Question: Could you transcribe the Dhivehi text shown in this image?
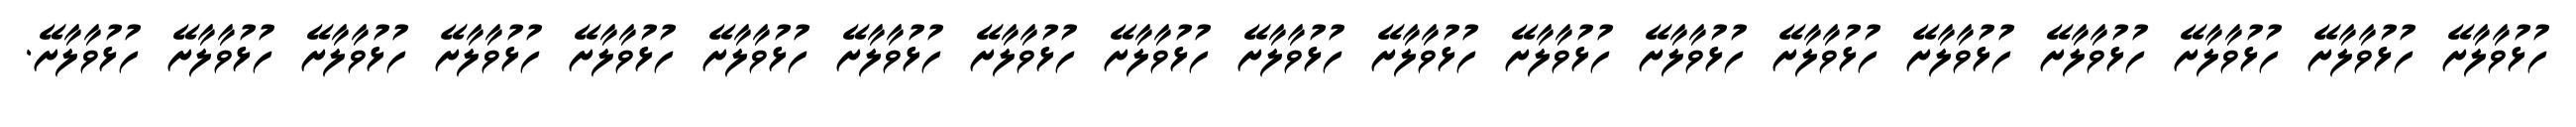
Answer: ހުޅުވާލާށޭ ހުޅުވާލާށޭ ހުޅުވާލާށޭ ހުޅުވާލާށޭ ހުޅުވާލާށޭ ހުޅުވާލާށޭ ހުޅުވާލާށޭ ހުޅުވާލާށޭ ހުޅުވާލާށޭ ހުޅުވާލާށޭ ހުޅުވާލާށޭ ހުޅުވާލާށޭ ހުޅުވާލާށޭ ހުޅުވާލާށޭ ހުޅުވާލާށޭ ހުޅުވާލާށޭ ހުޅުވާލާށޭ ހުޅުވާލާށޭ ހުޅުވާލާށޭ.